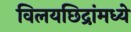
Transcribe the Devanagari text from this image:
विलयछिद्रांमध्ये